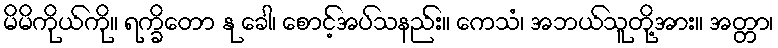
မိမိကိုယ်ကို။ ရက္ခိတော နု ခေါ၊ စောင့်အပ်သနည်း။ ကေသံ၊ အဘယ်သူတို့အား။ အတ္တာ၊